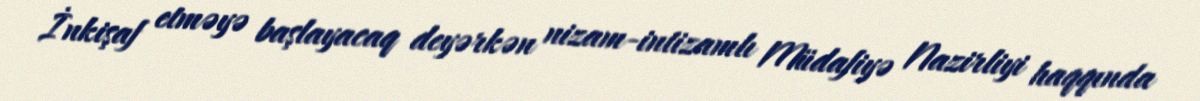
İnkişaf etməyə başlayacaq deyərkən nizam-intizamlı Müdafiyə Nazirliyi haqqında